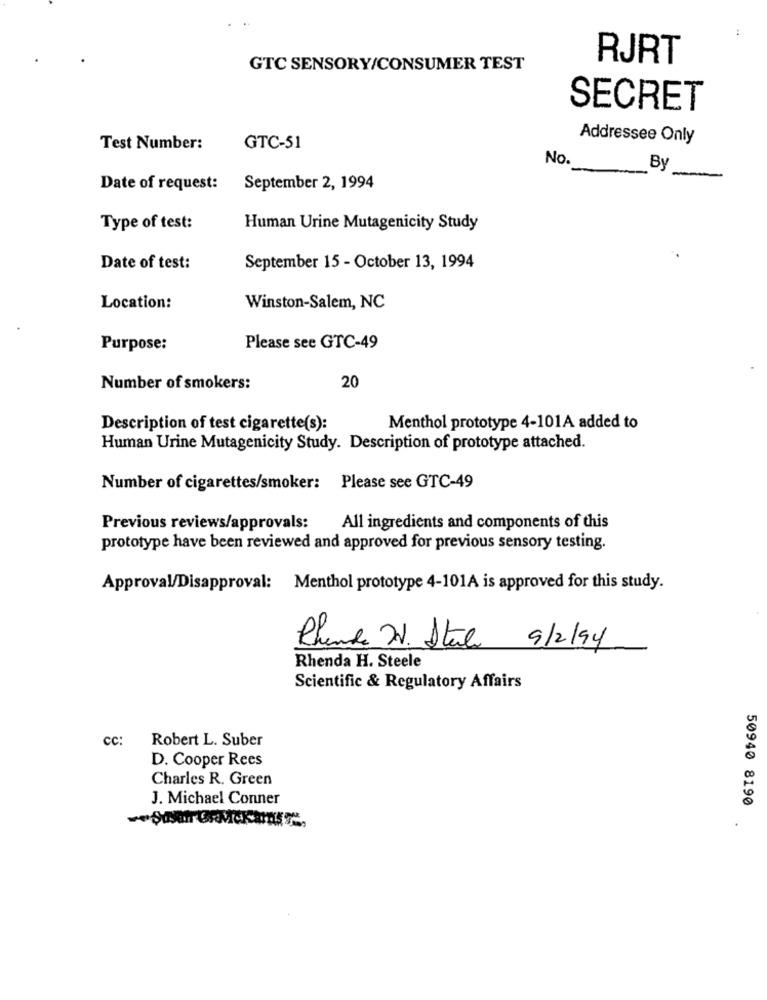
RJRT
GTC SENSORY/CONSUMER TEST
SECRET
Addressee Only
Test Number:
GTC-51
No.
By
Date of request:
September 2, 1994
Type of test:
Human Urine Mutagenicity Study
Date of test:
September 15 - October 13, 1994
Location:
Winston-Salem, NC
Purpose:
Please see GTC-49
Number of smokers:
20
Description of test cigarette(s):
Menthol prototype 4-101A added to
Human Urine Mutagenicity Study. Description of prototype attached.
Number of cigarettes/smoker: Please see GTC-49
Previous reviews/approvals:
All ingredients and components of this
prototype have been reviewed and approved for previous sensory testing.
Approval/Disapproval: Menthol prototype 4-101A is approved for this study.
Rhunde UN. Stale 9/2/94
Rhenda H. Steele
Scientific & Regulatory Affairs
cc:
Robert L. Suber
D. Cooper Rees
Charles R. Green
J. Michael Conner
50940 8190